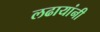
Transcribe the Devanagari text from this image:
लढायांनी